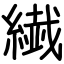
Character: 繊